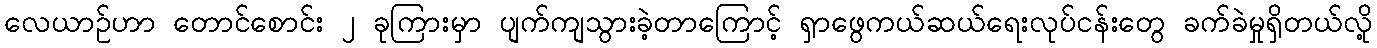
လေယာဉ်ဟာ တောင်စောင်း ၂ ခုကြားမှာ ပျက်ကျသွားခဲ့တာကြောင့် ရှာဖွေကယ်ဆယ်ရေးလုပ်ငန်းတွေ ခက်ခဲမှုရှိတယ်လို့